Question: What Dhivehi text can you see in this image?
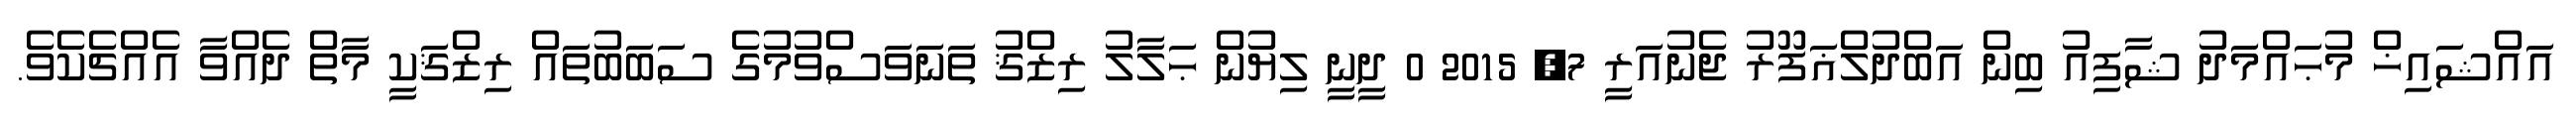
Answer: އައްޝައިޚް މުޙައްމަދު ޝާފިއު ބިން އަބްދުލްޣަފޫރު ޖެނުއަރީ 7, 2015 0 ދީނީ ލިޔުން ޙަލާލު ރިޒްޤު ތަނަވަސްވުމުގެ ސަބަބުތައް ރިޒްޤަކީ މާތް ދެއްވާ އެއްޗެކެވެ.